Civil Veterinary Department Bihar & Orissa reports 1911-21 - 1911-1921
Year: 1911
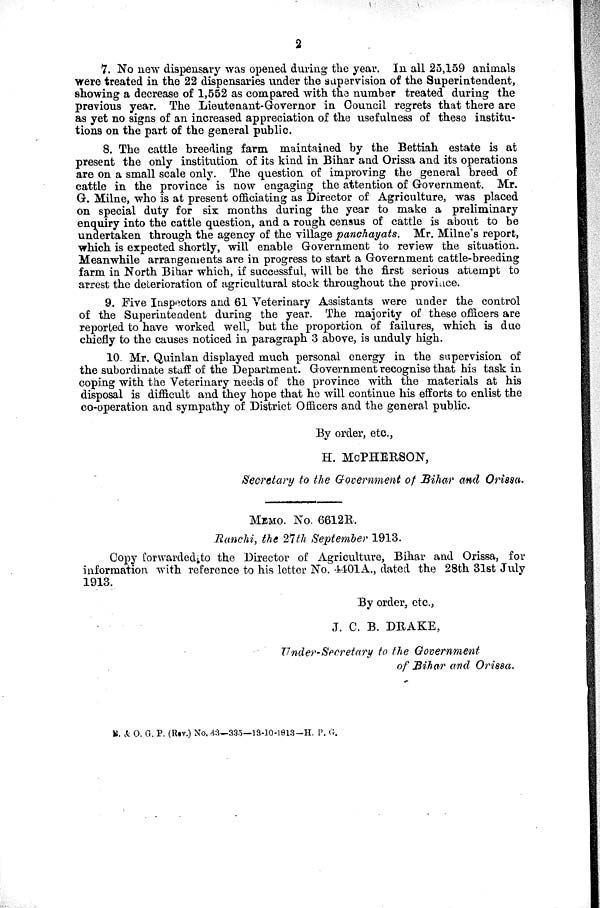
2
7. No new dispensary was opened during the year. In all 25,159 animals
were treated in the 22 dispensaries under the supervision of the Superintendent,
showing a decrease of 1,552 as compared with the number treated during the
previous year. The Lieutenant-Governor in Council regrets that there are
as yet no signs of an increased appreciation of the usefulness of these institu-
tions on the part of the general public.
8. The cattle breeding farm maintained by the Bettiah estate is at
present the only institution of its kind in Bihar and Orissa and its operations
are on a small scale only. The question of improving the general breed of
cattle in the province is now engaging the attention of Government. Mr.
G. Milne, who is at present officiating as Director of Agriculture, was placed
on special duty for six months during the year to make a preliminary
enquiry into the cattle question, and a rough census of cattle is about to be
undertaken through the agency of the village panchayats. Mr. Milne's report,
which is expected shortly, will enable Government to review the situation.
Meanwhile arrangements are in progress to start a Government cattle-breeding
farm in North Bihar which, if successful, will be the first serious attempt to
arrest the deterioration of agricultural stock throughout the province.
9. Five Inspectors and 61 Veterinary Assistants were under the control
of the Superintendent during the year. The majority of these officers are
reported to have worked well, but the proportion of failures, which is due
chiefly to the causes noticed in paragraph 3 above, is unduly high.
10. Mr. Quinlan displayed much personal energy in the supervision of
the subordinate staff of the Department. Government recognise that his task in
coping with the Veterinary needs of the province with the materials at his
disposal is difficult and they hope that he will continue his efforts to enlist the
co-operation and sympathy of District Officers and the general public.
By order, etc.,
H. McPHERSON,
Secretary to the Government of Bihar and Orissa.
MEMO. NO. 6612R.
Ranchi, the 27th September 1913.
Copy forwarded to the Director of Agriculture, Bihar and Orissa, for
information with reference to his letter No. 4401A., dated the 28th 31st July
1913.
By order, etc.,
J. C. B. DRAKE,
Under-Secretary to the Government
of Bihar and Orissa.
B. & O. G. P. (Rev.) No. 43—335—19-10-1913—H. P. G.